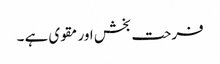
فرحت بخش اور مقوی ہے ۔